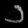
Digit: ၁